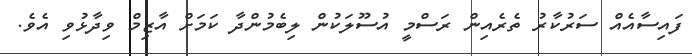
ފައިސާއެއް ސަރުކާރު ތެރެއިން ރަސްމީ އުސޫލަކުން ލިބެމުންދާ ކަމަށް އާޒިމް ވިދާޅުވި އެވެ.